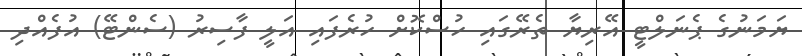
ޔަމަނުގެ ޕެނަލްޓީ އޭރިޔާ ތެރޭގައި ހުސްކޮށް ހުރެފައި އަލީ ފާސިރު (ސެންޓޭ) އުފެއްދި